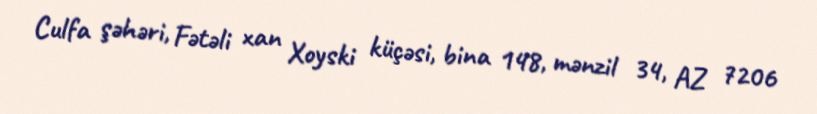
Culfa şəhəri, Fətəli xan Xoyski küçəsi, bina 148, mənzil 34, AZ 7206